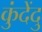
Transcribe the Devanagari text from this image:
कुंदेंदु